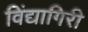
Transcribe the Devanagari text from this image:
विंद्यागिरी